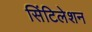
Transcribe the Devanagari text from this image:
सिंटिलेशन